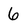
Character: 6